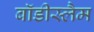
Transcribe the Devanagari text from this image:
बॉडीस्लैम